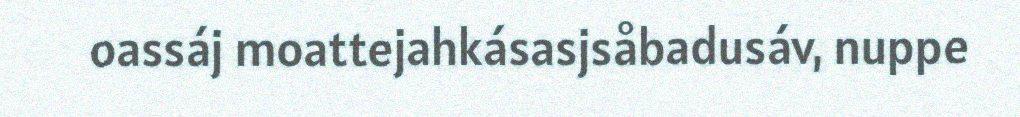
oassáj moattejahkásasjsåbadusáv, nuppe